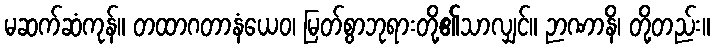
မဆက်ဆံကုန်။ တထာဂတာနံယေဝ၊ မြတ်စွာဘုရားတို့၏သာလျှင်။ ဉာဏာနိ၊ တို့တည်း။